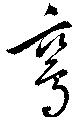
鸞